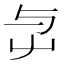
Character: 𡴃